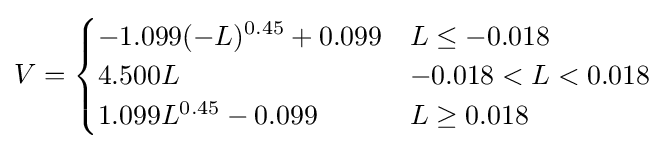
V={\begin{cases}-1.099(-L)^{0.45}+0.099&L\leq -0.018\\4.500L&-0.018<L<0.018\\1.099L^{0.45}-0.099&L\geq 0.018\end{cases}}